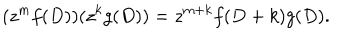
LaTeX: ( z ^ { m } f ( D ) ) ( z ^ { k } g ( D ) ) = z ^ { m + k } f ( D + k ) g ( D ) .